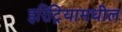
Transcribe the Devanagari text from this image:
इरिट्रियामधील